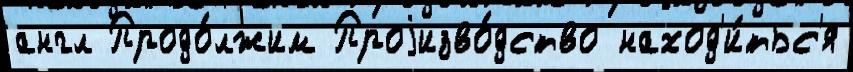
англ Продо́лжим Проjизво́дство наход'и́тьс'я